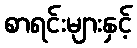
စာရင်းများနှင့်